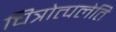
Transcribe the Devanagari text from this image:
चित्रोत्पलेति